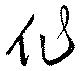
作